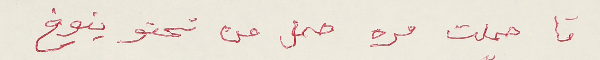
تا حملت مره حمل من تحتو ينوخ